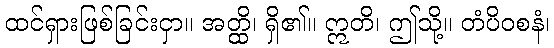
ထင်ရှားဖြစ်ခြင်းငှာ။ အတ္ထိ၊ ရှိ၏။ ဣတိ၊ ဤသို့။ တံပိဝစနံ၊